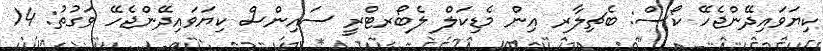
ކިޔަވައިދޭންޖެހޭ ކޯސް: ބެޗިލާރ އިން މެޑިކަލް ލެބޯރޓްރީ ސައިންސް ކިޔަވައިދޭންޖެހޭ ވަގުތު: 14